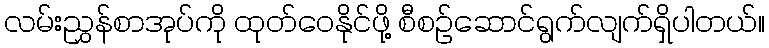
လမ်းညွှန်စာအုပ်ကို ထုတ်ဝေနိုင်ဖို့ စီစဉ်ဆောင်ရွက်လျက်ရှိပါတယ်။